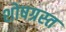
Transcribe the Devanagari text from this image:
शोषग्रस्‍त